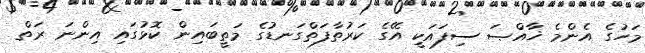
މަހުގެ އެންމެ ޚާއްޞަ ސިފައަކީ އޭގެ ކަރުތާފަތްގަނޑުގެ މަތީބައިން ކޮޅުގައި އިންނަ ރަތް